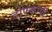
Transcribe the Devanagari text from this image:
टोपकापी